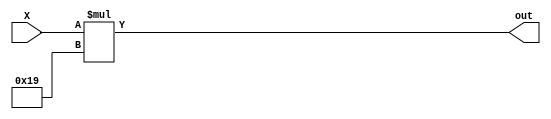
module entries_16(X,out);
  input [3:0] X;
  output[8:0] out;
  
  assign {out} = X * 5'b11001 ; // 11001 = 25
  
endmodule